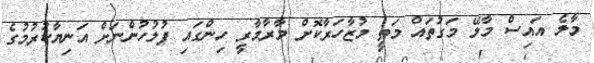
މާލެ އައިސް މާލޭ މަގުތައް މަތީ މުޒާހަރާކޮށް މާރާމާރީ ހިންގައި ފުލުހުންނަށް އަނިޔާކުރުމުގެ